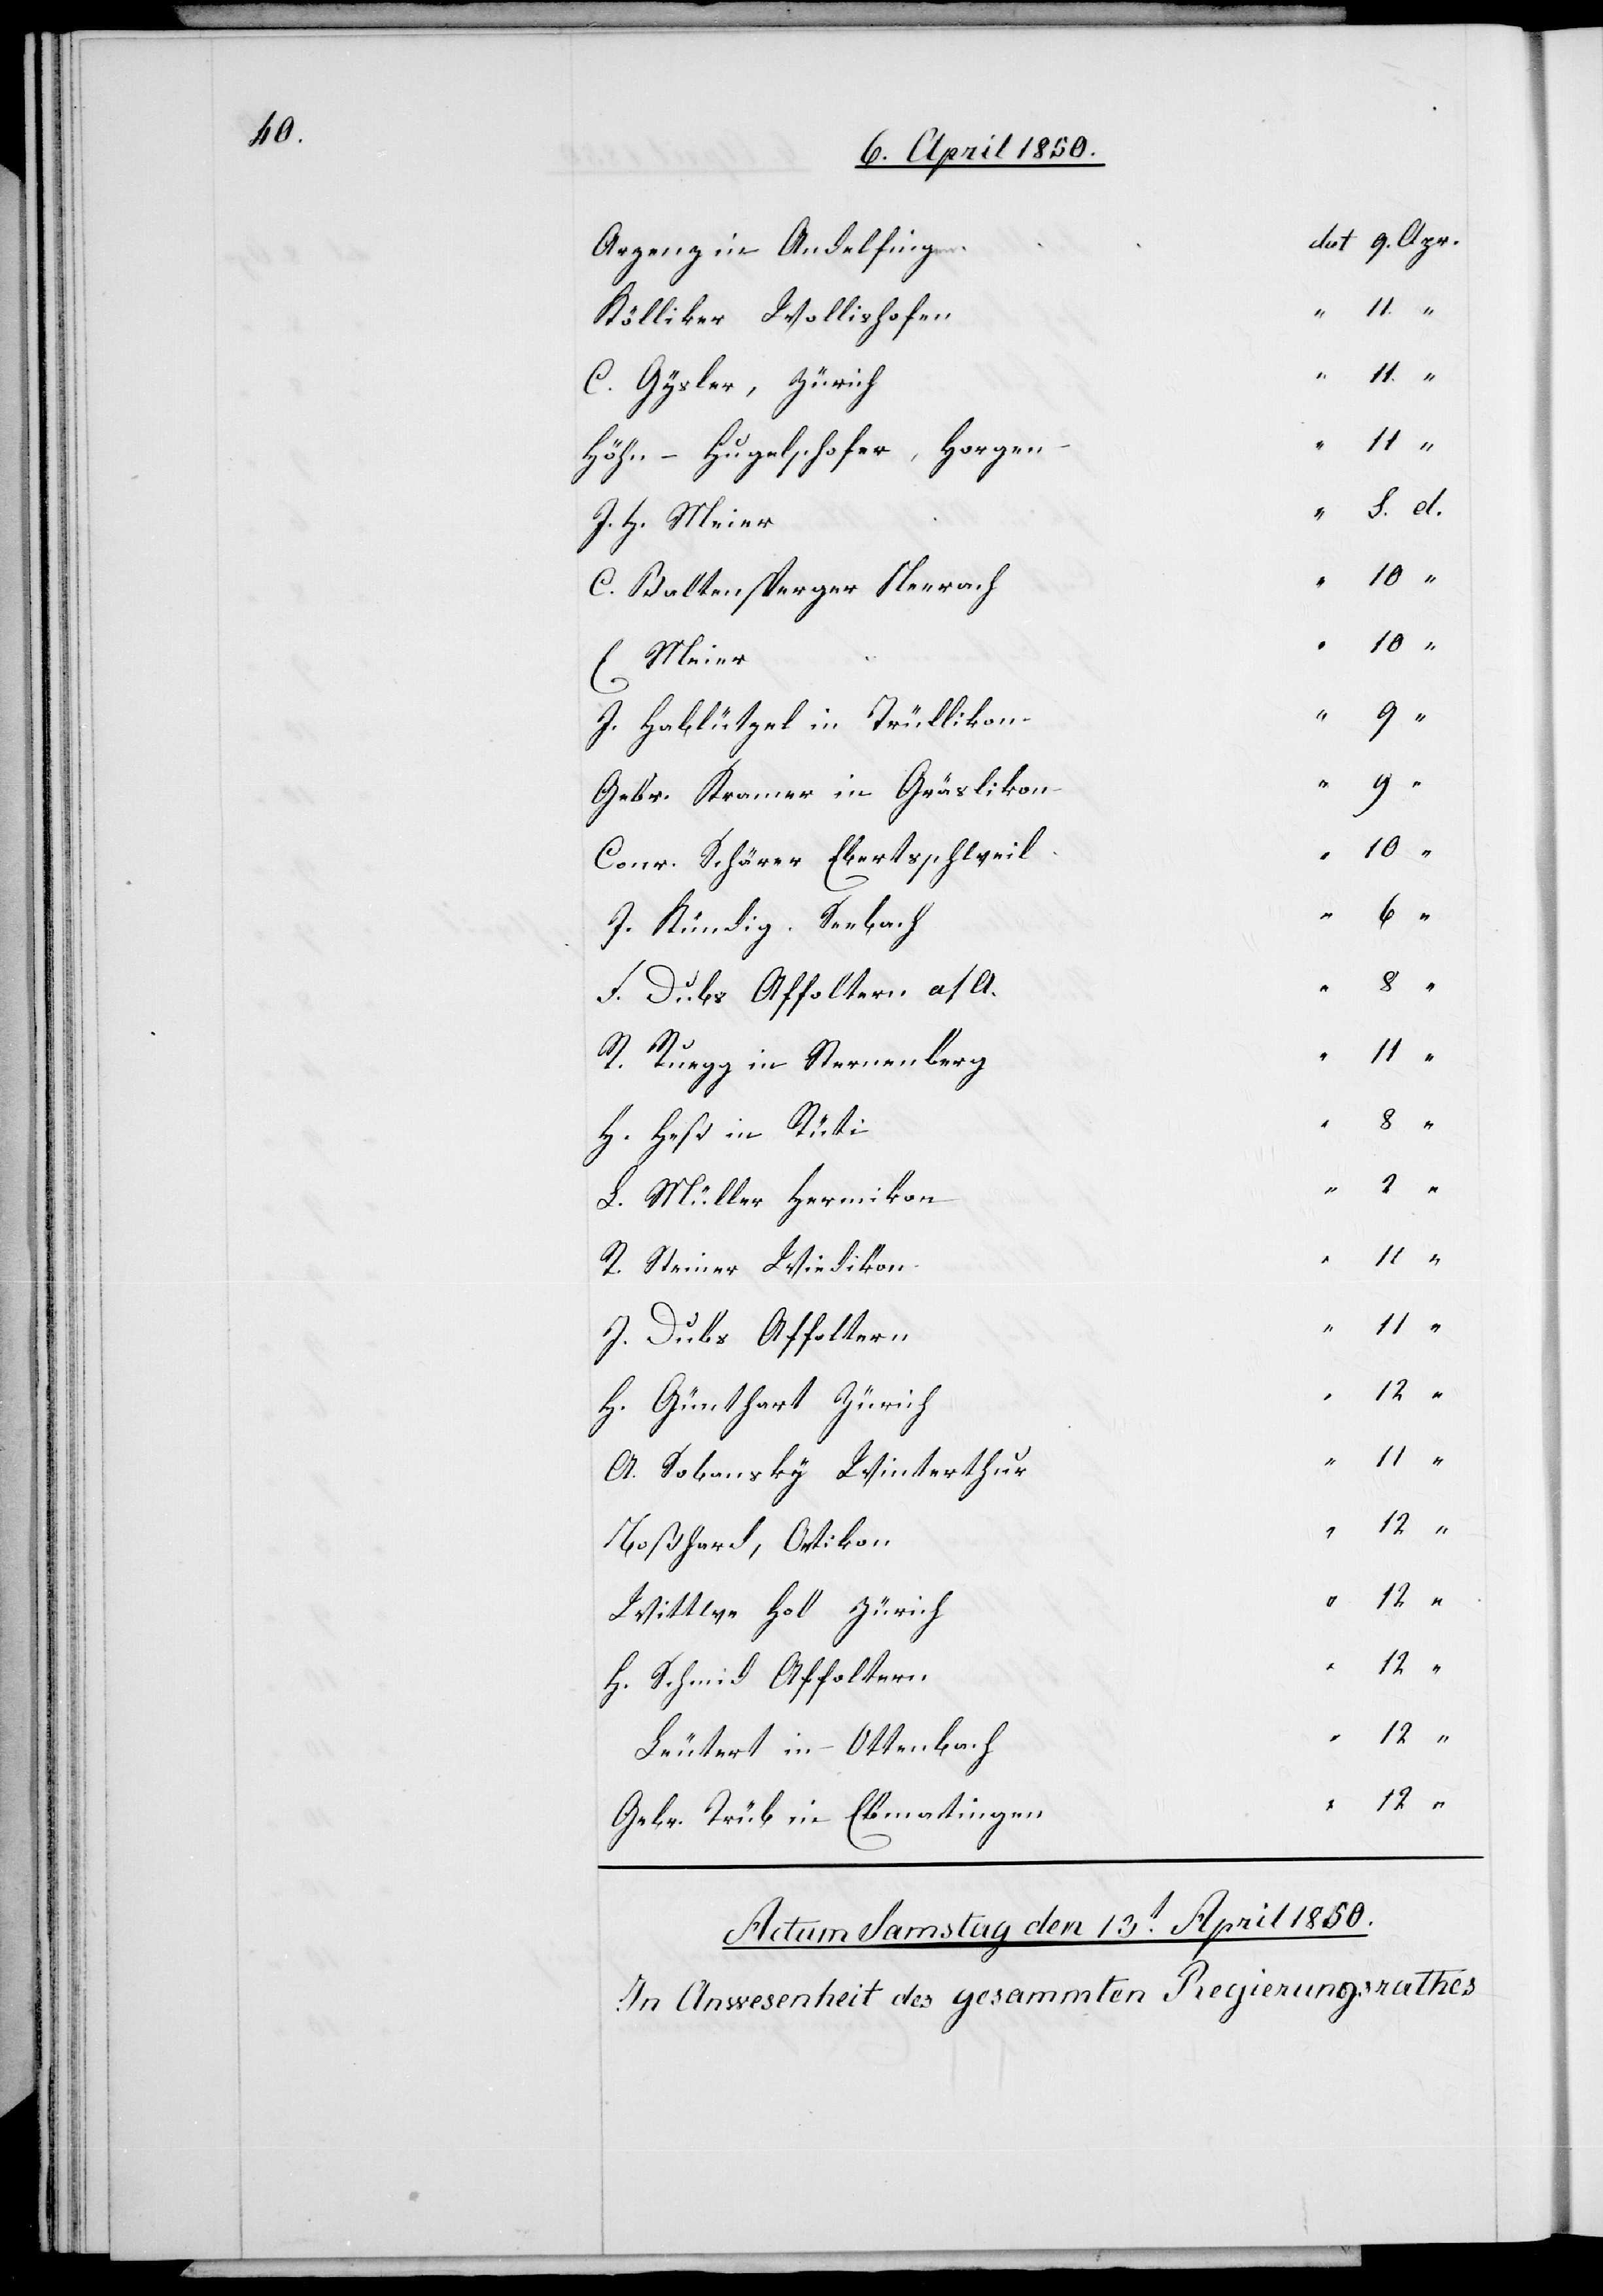
n	dat	9.	Apr.
Arpenz in Andelfinge¬
Kölliker Wollishofen
d.
C. Gysler, Zürich
Höhn-Hugelschofer, Horgen
J. H.
C. Baltensperger Neerach
J. Hablützel in Trüllikon
“
Gebr. Kramer in Gräslikon
“
Conr. Schärer Ebertsschweil
E.
J. Kündig, Seebach
F. Dubs Affoltern a/A.
“
R. Ruegg in Sternenberg
H. Heß in Rüti
“
L. Müller Hermikon
R. Steiner Wiedikon
J. Dubs Affoltern
“
H. Günthart Zürich
A. Sobansky Winterthur
Wittwe Holl Zürich
“
H. Schmid Affoltern
“
Leutert in Ottenbach
“
Gebr. Trüb in Ebmatingen